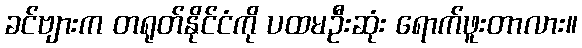
ခင်ဗျားက တရုတ်နိုင်ငံကို ပထမဦးဆုံး ရောက်ဖူးတာလား။